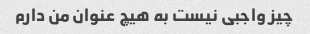
چیز واجبی نیست به هیچ عنوان من دارم